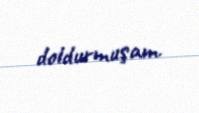
doldurmuşam.